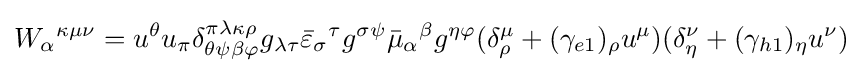
W_{\alpha }{}^{\kappa \mu \nu }=u^{\theta }u_{\pi }\delta _{\theta \psi \beta \varphi }^{\pi \lambda \kappa \rho }g_{\lambda \tau }{\bar {\varepsilon }}_{\sigma }{}^{\tau }g^{\sigma \psi }{\bar {\mu }}_{\alpha }{}^{\beta }g^{\eta \varphi }(\delta _{\rho }^{\mu }+(\gamma _{e1})_{\rho }{}u^{\mu })(\delta _{\eta }^{\nu }+(\gamma _{h1})_{\eta }u^{\nu })